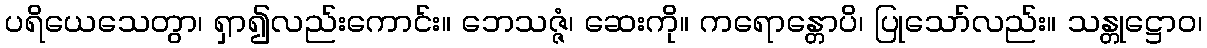
ပရိယေသေတွာ၊ ရှာ၍လည်းကောင်း။ ဘေသဇ္ဇံ၊ ဆေးကို။ ကရောန္တောပိ၊ ပြုသော်လည်း။ သန္တုဋ္ဌောဝ၊